system: You are a helpful assistant.
user:
Analyze the provided spectrum to determine if it is a **M-type Giant (gM)**.

A M-type Giant spectrum is defined by its **strong molecular absorption** features, particularly from **Titanium Oxide (TiO)**. You must check for one of the following mutually exclusive signatures:

- **Key Visual Indicators (Absorption-Dominated Spectrum):**

    - **(Primary):** The spectrum is dominated by strong molecular absorption from **Titanium Oxide (TiO)**. This is the **defining feature** of its M-type temperature class.
        - **(Key Bandheads):** Look for sharp, "saw-tooth" absorption valleys. The strongest are located near **~7050 Å**, **~6160 Å**, and **~5170 Å**.
        - **(Line Profile):** The "saw-tooth" morphology is critical: a **sharp, steep drop on the BLUE (short-wavelength) side** of the bandhead, followed by a gradual recovery (rising flux) towards the RED (long-wavelength) side.

    - **(Key Confirmation - Giant vs. Dwarf):** **ABSENCE** of strong **Calcium Hydride (CaH)** molecular bands. This is the primary diagnostic for *excluding* M-dwarfs.
        - **(Key Region):** The spectrum should lack the strong, broad absorption band seen in dwarfs between **~6800 Å and ~7000 Å**.

    - **(Secondary Confirmation - Giant):** A very strong and broad **Neutral Calcium (Ca I)** atomic absorption line.
        - **(Key Line):** Located at **~4226 Å**. In a giant (gM), this line is significantly deeper and broader than the same line in an M-dwarf (dM) due to low surface gravity.

    - **(Overall Spectrum):**
        - The continuum is **extremely red-sloping** (i.e., flux is very low in the blue and rises dramatically towards the red).
        - The entire spectrum appears "chopped up" by the deep TiO bands.

Think first, call **spectral_visualization_tool** if needed to examine features in detail, then provide your final answer. Your response must adhere to the following strict rules:
1.  **Overall Structure:** Your response must follow the format `<think>...</think> <tool_call>...</tool_call> (if a tool is used) <answer>...</answer>`.
2.  **Tool Usage Constraint:** You may only make **one** tool call per turn.
3.  **Final Answer Format:** In the `<answer>` tag, your conclusion must be inside a `\boxed{}` command (e.g., `\boxed{YES}` or `\boxed{NO}`), followed by your justification.

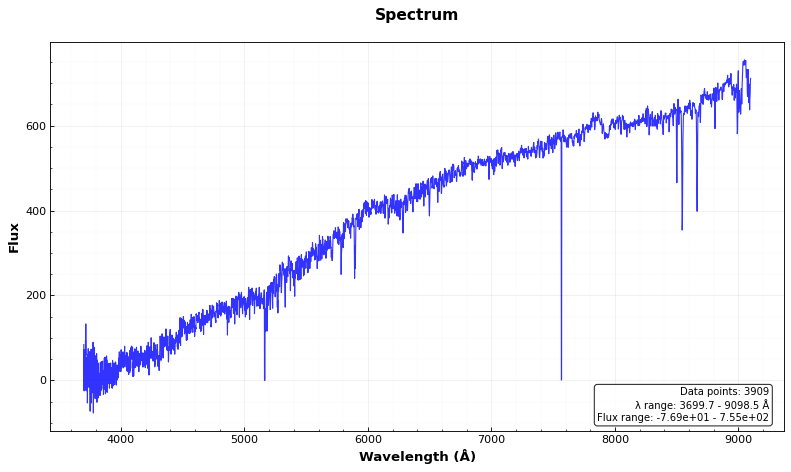
Answer: NO